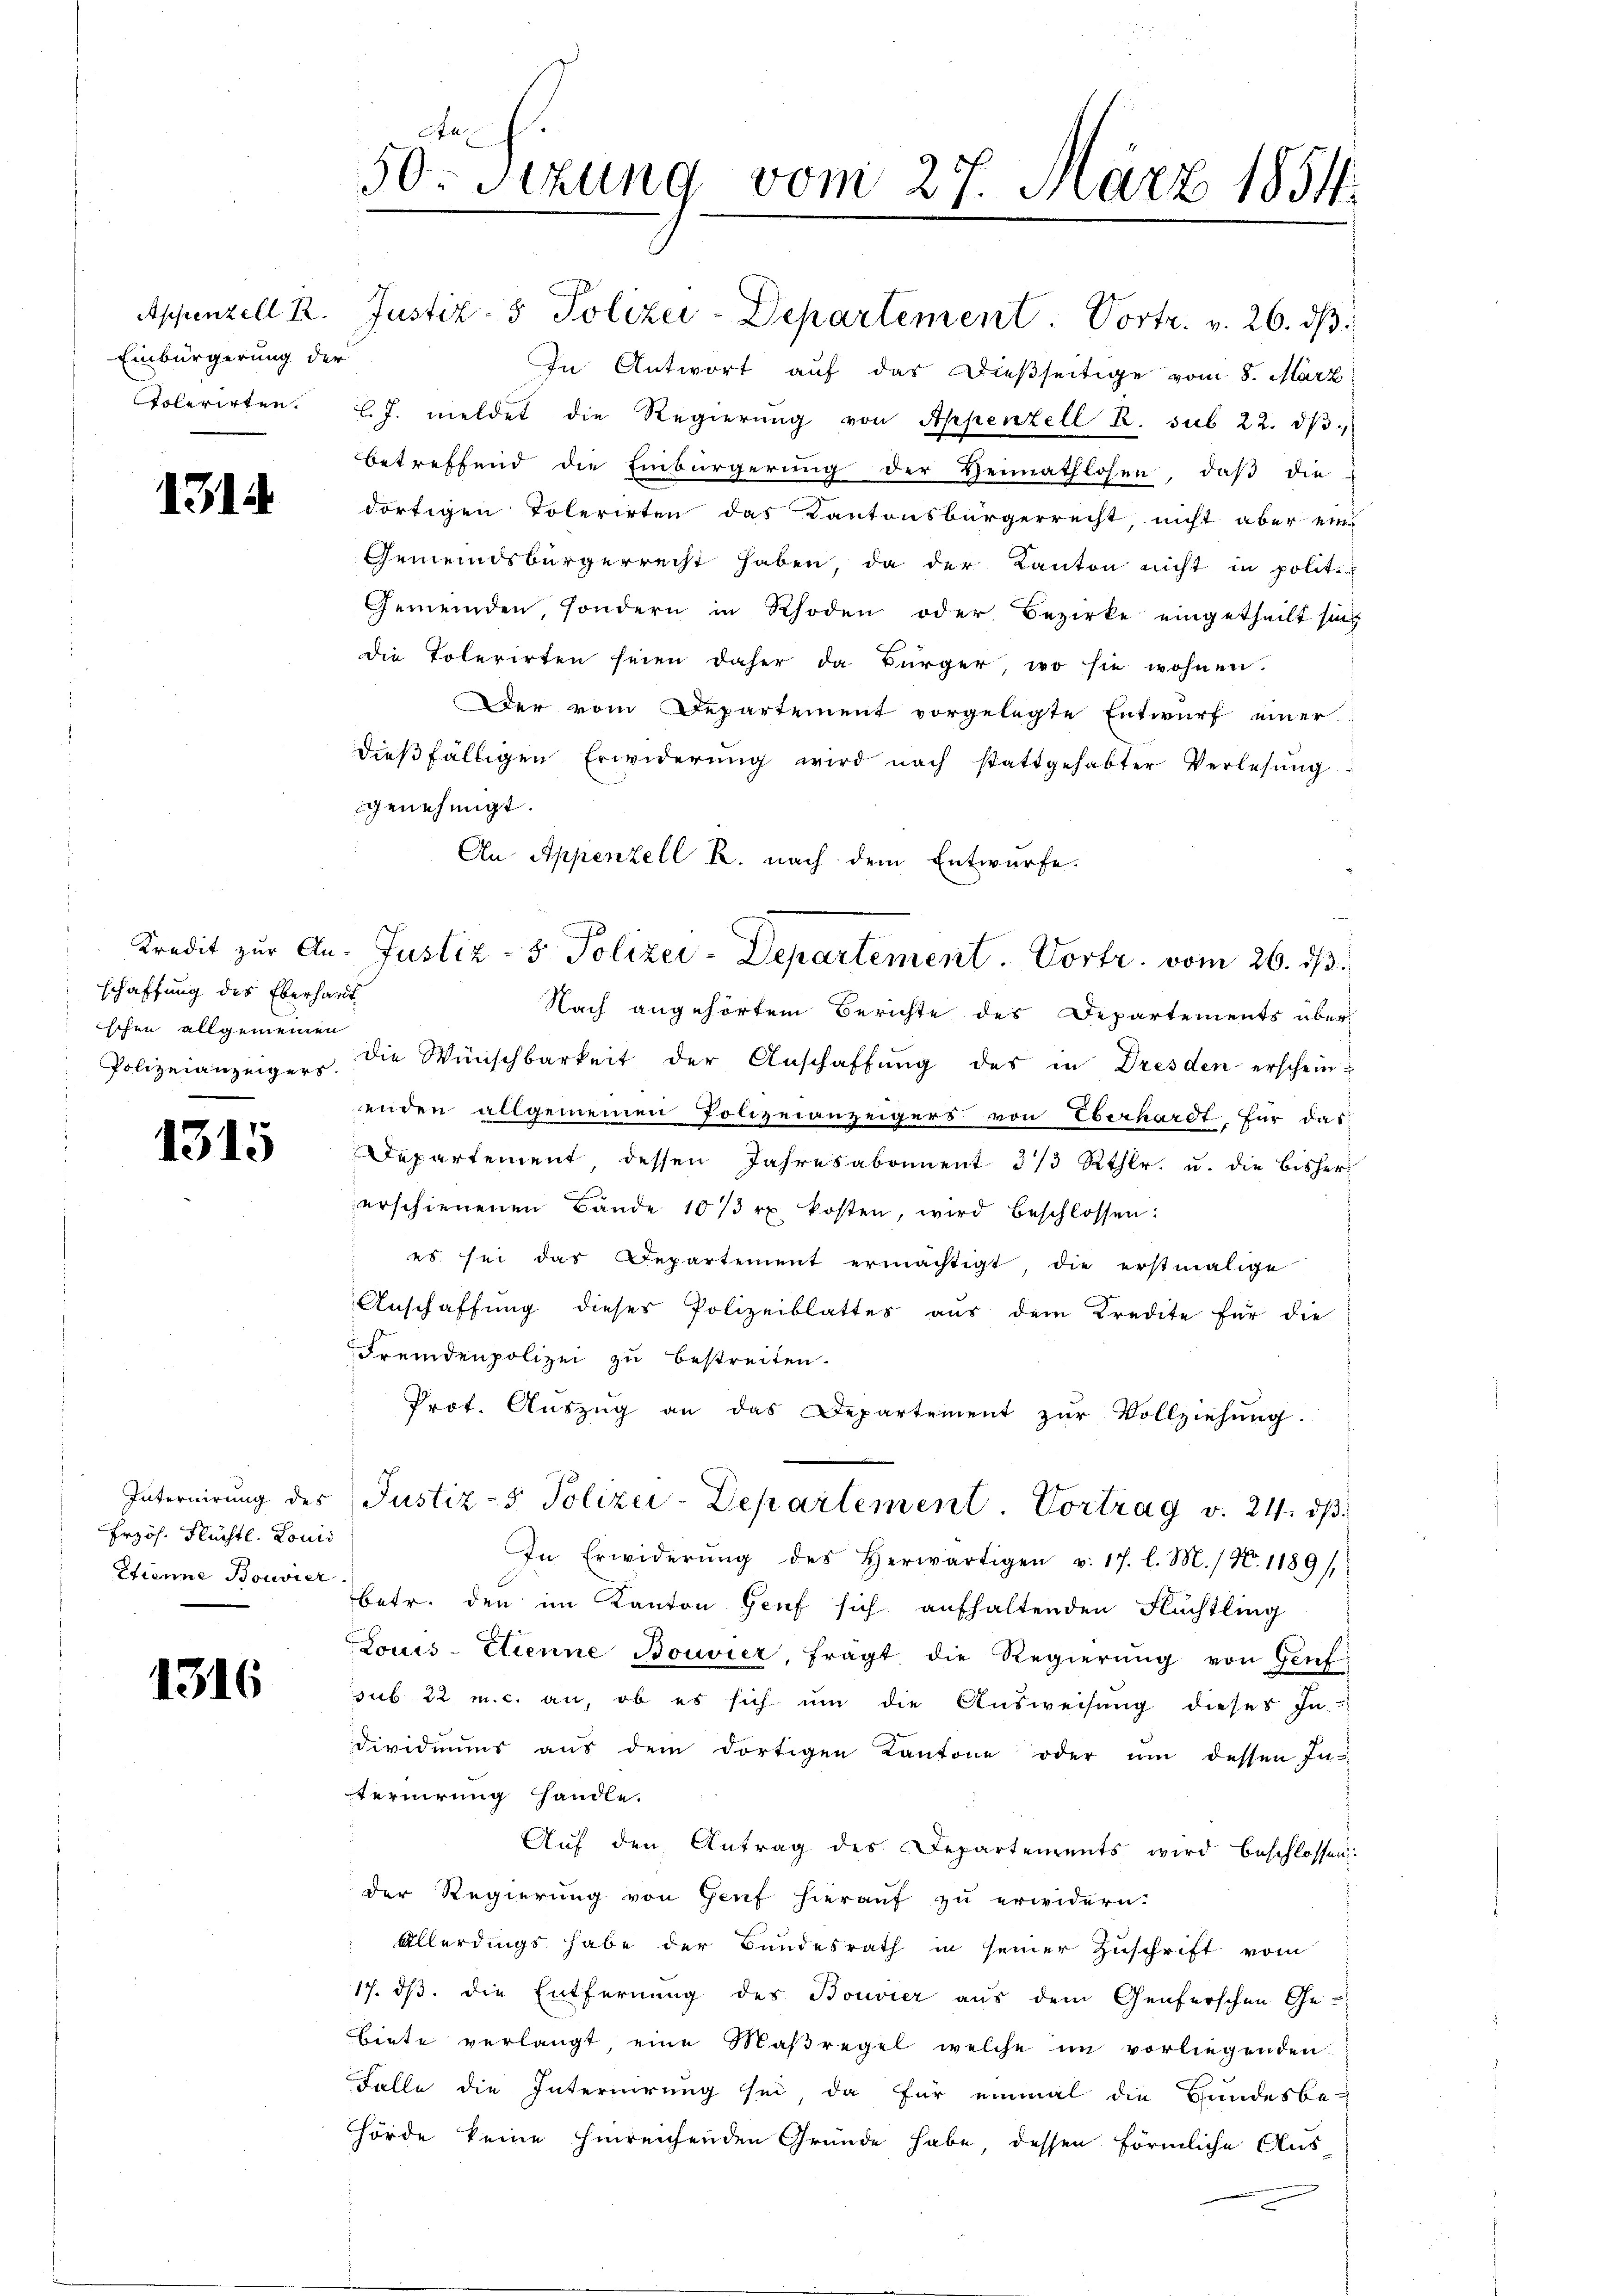
Einbürgerung der

1314

schaffung des Eberhardt
ischen allgemeinen

1315

Erzös. Flüchtl. Louis
Etienne Bouvier

1316

Au
50 Sizung vom 27. März 1854.

Tolerirten. l. J. meldet die Regierŭng von Appenzell R. sub 22. dβ
betreffend die Einbürgerung der Heimathlosen, daβ die
dortigen Tolerirten das Kantonsbürgerrecht, nicht aber ein
Gemeindsbürgerrecht haben, da der Kanton nicht in polit.
Gemeinden, sondern in Rhoden oder Bezirke eingetheilt sich
die Tolerirten seien daher da Bürger, wo sie wohnen.
Der vom Departement vorgelegte Entwurf einer
dieβfälligen Erwiderŭng wird nach stattgehabter Verlesung
genehmigt.
An Appenzell R. nach dem Entwürfe.
Kredit zur An- Justiz- & Polizei-Departement. Vortr. vom 26. ds.
Nach angehörtem Berichte des Departements über
Polizeianzeiger. Die Wünschbarkeit der Anschaffŭng des in Dresden erscheinenden allgemeinen Polizeianzeigers von Eberhardt für das
Departement dessen Jahresabonnent 3/3 Rthlr. u. die bishererschienenen Bande 1013 r. kosten, wird beschlossen:
es sei das Departement ermächtigt, die erstmalige
Anschaffung dieses Polizeiblattes aus dem Kredite für die
Fremdenpolizei zu bestreiten.
Prot. Aŭszŭg an das Departement zŭr Vollziehŭng.
Internirung des Justiz- & Polizei-Departement. Vortrag v. 24. dβ.
In Erwiderŭng des herwärtigen v. 17. l. M. / N. 1189/
betr. den im Kanton Genf sich aufhaltenden Flüchtling
Louis-Etienne Bouvier, fragt die Regierŭng von Genf
sub 22 m. c. an, ob es sich ŭm die Ausweisung dieses In-
dividuums aŭs dem dortigen Kantone oder ŭm dessen In-
ternirung handle.
Auf den Antrag des Departements wird beschlossen:
der Regierung von Genf hierauf zu erwidern.
Allerdings habe der Bundesrath in seiner Zuschrift vom
17. ds. die Entfernung des Bouvier aus dem Genferschen Gebiete verlangt eine Maßregel welche im vorliegenden
Falle die Internirung sei, da für einmal die Hundesbe-
hörde keine hinreichenden Gründe habe dessen förmliche Aus¬

Appenzell R. Justiz- & Polizei-Departement Vortr. v. 26. dβ.

In Antwort auf das dießseitige vom 8. März